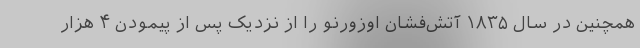
همچنین در سال ۱۸۳۵ آتش‌فشان اوزورنو را از نزدیک پس از پیمودن ۴ هزار